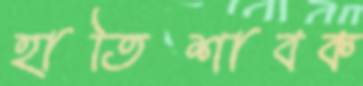
হাতিশাবক